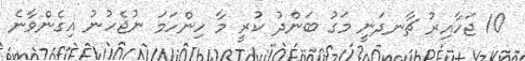
10 ޖަހާއިރު ޗާނދަނީ މަގު ބަންދު ކުރީ މާ ހިންހަމަ ނުޖެހުނު އިގެންވާނެ